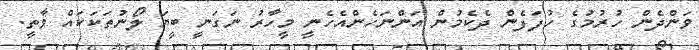
ވަންދެން ހުރުމުގެ ހުފަފެން ދެކެމުން އަންނަހެންއެހެނީ މީހާރު ނަގަނީ ބީޔަ ލޯނުތަކަކައް ވާތީ.